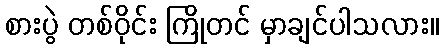
စားပွဲ တစ်ဝိုင်း ကြိုတင် မှာချင်ပါသလား။